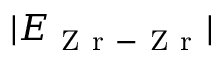
\lvert E _ { \mathrm { ~ Z ~ r ~ - ~ Z ~ r ~ } } \rvert